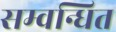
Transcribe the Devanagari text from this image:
सम्वन्धित